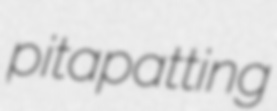
pitapatting